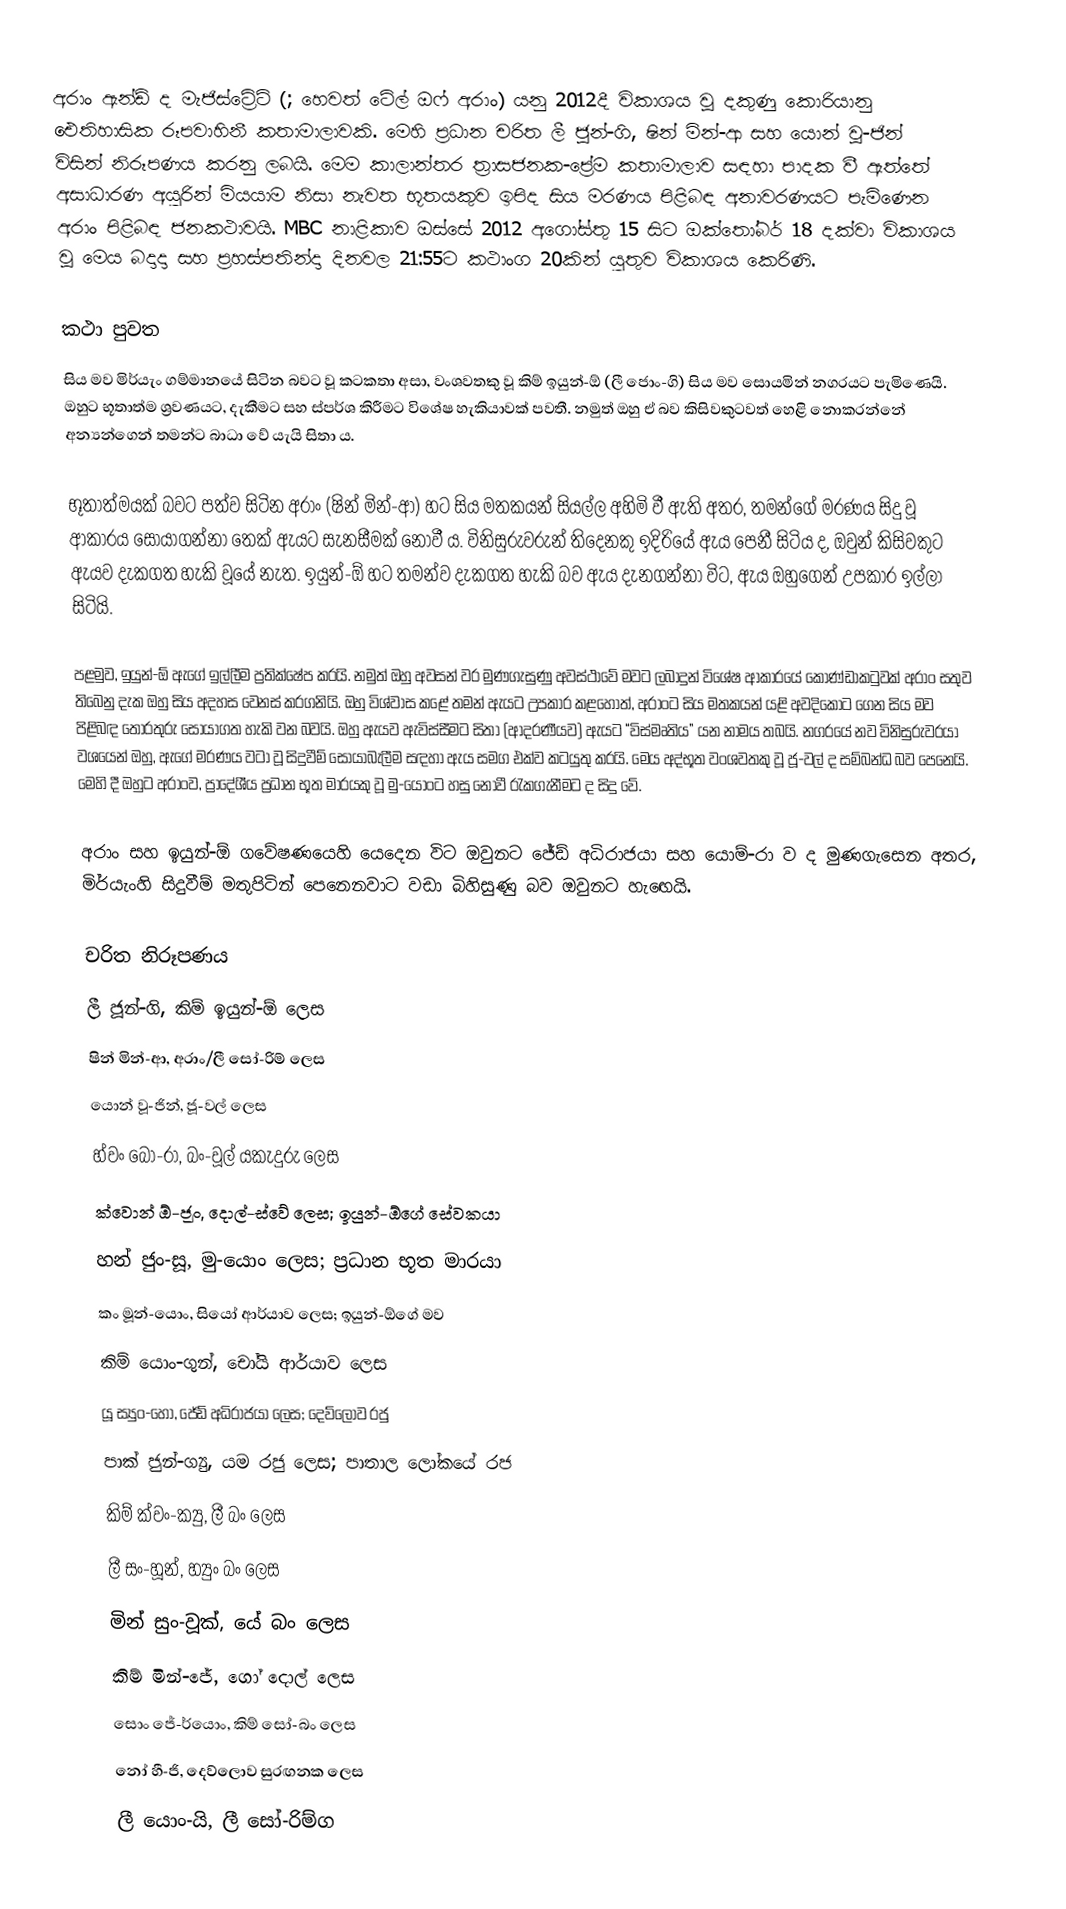
අරාං ඇන්ඩ් ද මැජිස්ට්‍රේට් (; හෙවත් ටේල් ඔෆ් අරාං) යනු 2012දී විකාශය වූ දකුණු කොරියානු ඓතිහාසික රූපවාහිනී කතාමාලාවකි. මෙහි ප්‍රධාන චරිත ලී ජූන්-ගි, ෂින් මින්-ආ සහ යොන් වූ-ජින් විසින් නිරූපණය කරනු ලබයි. මෙම කාලාන්තර ත්‍රාසජනක-ප්‍රේම කතාමාලාව සඳහා පාදක වී ඇත්තේ අසාධාරණ අයුරින් මියයාම නිසා නැවත භූතයකුව ඉපිද සිය මරණය පිළිබඳ අනාවරණයට පැමිණෙන අරාං පිළිබඳ ජනකථාවයි. MBC නාළිකාව ඔස්සේ 2012 අගෝස්තු 15 සිට ඔක්තෝබර් 18 දක්වා විකාශය වූ මෙය බදාදා සහ ප්‍රහස්පතින්දා දිනවල 21:55ට කථාංග 20කින් යුතුව විකාශය කෙරිණි.

කථා පුවත
සිය මව මිර්යැං ගම්මානයේ සිටින බවට වූ කටකතා අසා, වංශවතකු වූ කිම් ඉයුන්-ඕ (ලී ජොං-ගි) සිය මව සොයමින් නගරයට පැමිණෙයි. ඔහුට භූතාත්ම ශ්‍රවණයට, දැකීමට සහ ස්පර්ශ කිරීමට විශේෂ හැකියාවක් පවතී. නමුත් ඔහු ඒ බව කිසිවකුටවත් හෙළි නොකරන්නේ අන්‍යන්ගෙන් තමන්ට බාධා වේ යැයි සිතා ය.

භූතාත්මයක් බවට පත්ව සිටින අරාං (ෂින් මින්-ආ) හට සිය මතකයන් සියල්ල අහිමි වී ඇති අතර, තමන්ගේ මරණය සිදු වූ ආකාරය සොයාගන්නා තෙක් ඇයට සැනසීමක් නොවී ය. විනිසුරුවරුන් තිදෙනකු ඉදිරියේ ඇය පෙනී සිටිය ද, ඔවුන් කිසිවකුට ඇයව දැකගත හැකි වූයේ නැත. ඉයුන්-ඕ හට තමන්ව දැකගත හැකි බව ඇය දැනගන්නා විට, ඇය ඔහුගෙන් උපකාර ඉල්ලා සිටියි.

පළමුව, ඉයුන්-ඕ ඇගේ ඉල්ලීම ප්‍රතික්ෂේප කරයි. නමුත් ඔහු අවසන් වර මුණගැසුණු අවස්ථාවේ මවට ලබාදුන් විශේෂ ආකාරයේ කොණ්ඩාකටුවක් අරාං සතුව තිබෙනු දැක ඔහු සිය අදහස වෙනස් කරගනියි. ඔහු විශ්වාස කළේ තමන් ඇයට උපකාර කළහොත්, අරාංට සිය මතකයන් යළි අවදිකොට ගෙන සිය මව පිළිබඳ තොරතුරු සොයාගත හැකි වන බවයි. ඔහු ඇයව ඇවිස්සීමට සිතා (ආදරණීයව) ඇයට “විස්මෘතිය” යන නාමය තබයි. නගරයේ නව විනිසුරුවරයා වශයෙන් ඔහු, ඇගේ මරණය වටා වූ සිදුවීම් සොයාබැලීම සඳහා ඇය සමග එක්ව කටයුතු කරයි. මෙය අද්භූත වංශවතකු වූ ජූ-වල් ද සම්බන්ධ බව පෙනෙයි. මෙහි දී ඔහුට අරාංව, ප්‍රාදේශීය ප්‍රධාන භූත මාරයකු වූ මු-යොංට හසු නොවී රැකගැනීමට ද සිදු වේ.

අරාං සහ ඉයුන්-ඕ ගවේෂණයෙහි යෙදෙන විට ඔවුනට ජේඩ් අධිරාජයා සහ යොම්-රා ව ද මුණගැසෙන අතර, මිර්යැංහි සිදුවීම් මතුපිටින් පෙනෙනවාට වඩා බිහිසුණු බව ඔවුනට හැ‍ඟෙයි.

චරිත නිරූපණය
ලී ජූන්-ගි, කිම් ඉයුන්-ඕ ලෙස
ෂින් මින්-ආ, අරාං/ලී සෝ-රිම් ලෙස
යොන් වූ-ජින්, ජූ-වල් ලෙස
හ්වං බෝ-රා, බං-වූල් යකැදුරු ලෙස
ක්වොන් ඕ-ජූං, දොල්-ස්වේ ලෙස; ඉයුන්-ඕගේ සේවකයා
හන් ජුං-සූ, මු-යොං ලෙස; ප්‍රධාන භූත මාරයා
කං මූන්-යොං, සියෝ ආර්යාව ලෙස; ඉයුන්-ඕගේ මව
කිම් යොං-ගුන්, චෝයි ආර්යාව ලෙස
යූ ස්‍යුං-හෝ, ජේඩ් අධිරාජයා ලෙස; දෙව්ලොව රජු
පාක් ජුන්-ග්‍යු, යම රජු ලෙස; පාතාල ලෝකයේ රජ
කිම් ක්වං-ක්‍යු, ලී බං ලෙස
ලී සං-හූන්, හ්‍යුං බං ලෙස
මින් සුං-වූක්, යේ බං ලෙස
කිම් මින්-ජේ, ගෝ දොල් ලෙස
සොං ජේ-ර්යොං, කිම් සෝ-බං ලෙස
නෝ හී-ජි, දෙව්ලොව සුරඟනක ලෙස
ලී යොං-යි, ලී සෝ-රිම්ග